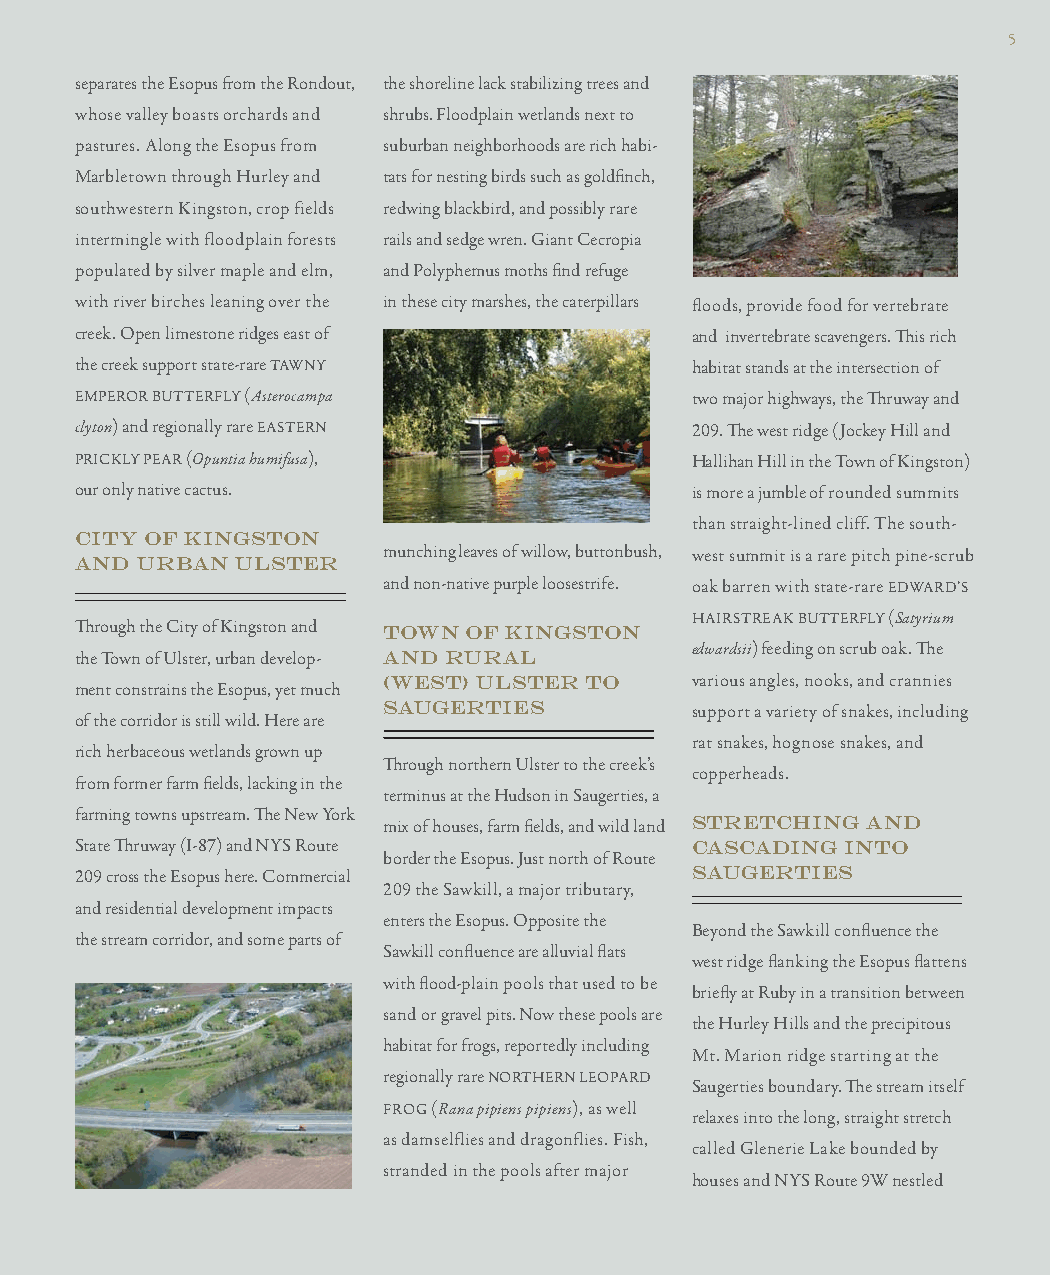
5
 separates the Esopus from the Rondout, the shoreline lack stabilizing trees and
 whose valley boasts orchards and shrubs. Floodplain wetlands next to
 pastures. Along the Esopus from suburban neighborhoods are rich habi-
 Marbletown through Hurley and tats for nesting birds such as goldfi nch,
 southwestern Kingston, crop fields redwing blackbird, and possibly rare
 intermingle with floodplain forests rails and sedge wren. Giant Cecropia
 populated by silver maple and elm, and Polyphemus moths fi nd refuge
 with river birches leaning over the in these city marshes, the caterpillars floods, provide food for vertebrate
 creek. Open limestone ridges east of     and invertebrate scavengers. Th is rich
 the creek support state-rare TAWNY       habitat stands at the intersection of
 EMPEROR BUTTERFLY (Asterocampa           two major highways, the Th ruway and
 clyton) and regionally rare EASTERN      209. Th e west ridge (Jockey Hill and
 PRICKLY PEAR (Opuntia humifusa),         Hallihan Hill in the Town of Kingston)
 our only native cactus.                  is more a jumble of rounded summits
 than straight-lined cliff. The south-
 CITY OF KINGSTON
 munching leaves of willow, buttonbush, west summit is a rare pitch pine-scrub
 AND URBAN  ULSTER
 and non-native purple loosestrife. oak barren with state-rare EDWARD’S
 HAIRSTREAK BUTTERFLY (Satyrium
 Th rough the City of Kingston and TOWN OF KINGSTON
 the Town of Ulster, urban develop- AND RURAL
 edwardsii) feeding on scrub oak. Th e
 (WEST) ULSTER TO     various angles, nooks, and crannies
 ment constrains the Esopus, yet much
 SAUGERTIES           support a variety of snakes, including
 of the corridor is still wild. Here are
 rat snakes, hognose snakes, and
 rich herbaceous wetlands grown up
 Th rough northern Ulster to the creek’s
 copperheads.
 from former farm fi elds, lacking in the
 terminus at the Hudson in Saugerties, a
 farming towns upstream. Th e New York
 mix of houses, farm fi elds, and wild land STRETCHING AND
 State Th ruway (I-87) and NYS Route      CASCADING INTO
 border the Esopus. Just north of Route
 209 cross the Esopus here. Commercial    SAUGERTIES
 209 the Sawkill, a major tributary,
 and residential development impacts
 enters the Esopus. Opposite the
 Beyond the Sawkill confl uence the
 the stream corridor, and some parts of
 Sawkill confl uence are alluvial fl ats
 west ridge fl anking the Esopus fl attens
 with fl ood-plain pools that used to be
 briefl y at Ruby in a transition between
 sand or gravel pits. Now these pools are
 the Hurley Hills and the precipitous
 habitat for frogs, reportedly including
 Mt. Marion ridge starting at the
 regionally rare NORTHERN LEOPARD
 Saugerties boundary. Th e stream itself
 FROG (Rana pipiens pipiens), as well
 relaxes into the long, straight stretch
 as damselflies and dragonflies. Fish,
 called Glenerie Lake bounded by
 stranded in the pools after major
 houses and NYS Route 9W nestled